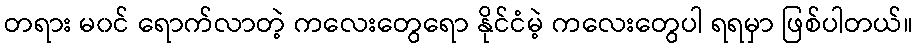
တရား မ၀င် ရောက်လာတဲ့ ကလေးတွေရော နိုင်ငံမဲ့ ကလေးတွေပါ ရရမှာ ဖြစ်ပါတယ်။